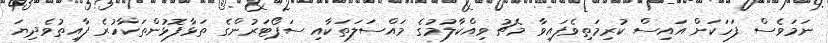
ނަމަވެސް ފަހަކަށް އައިސް ކުރިމަތިވެފައިވާ މެޗު ވިއްކާލުމުގެ މައްސަލަތަކާއި ސަޕޯޓަރުންގެ ތަޅާފޮޅުންތަކާހުރެ ފާއިތުވެދިޔަ